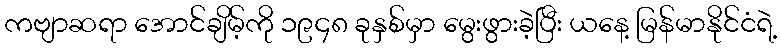
ကဗျာဆရာ အောင်ချိမ့်ကို ၁၉၄၈ ခုနှစ်မှာ မွေးဖွားခဲ့ပြီး ယနေ့ မြန်မာနိုင်ငံရဲ့